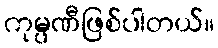
ကုမ္ပဏီဖြစ်ပါတယ်။